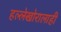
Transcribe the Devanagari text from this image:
हल्लेखोरालाही